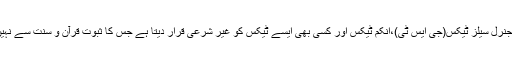
اسلام جنرل سیلز ٹیکس(جی ایس ٹی)،انکم ٹیکس اور کسی بھی ایسے ٹیکس کو غیر شرعی قرار دیتا ہے جس کا ثبوت قرآن و سنت سے نہیں ملتا۔